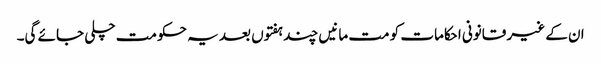
ان کے غیر قانونی احکامات کو مت مانیں چند ہفتوں بعد یہ حکومت چلی جائے گی۔